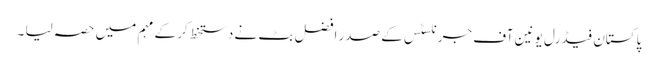
پاکستان فیڈرل یونین آف جرنلسٹس کے صدر افضل بٹ نے دستخط کر کے مہم میں حصہ لیا ۔